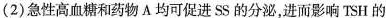
(2)急性高血糖和药物A均可促进SS的分泌，进而影响TSH的